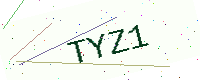
Text: TYZ1